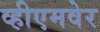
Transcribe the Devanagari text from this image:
व्हीएमवेर